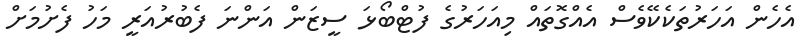
އެހެން އަހަރުތަކެކޭވެސް އެއްގޮތައް މިއަހަރުގެ ފުޓްބޯޅަ ސީޒަން އަންނަ ފެބުރުއަރީ މަހު ފެށުމަށް